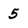
Character: 5